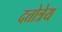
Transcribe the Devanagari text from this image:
दत्तोत्रेय